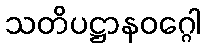
သတိပဋ္ဌာနဝဂ္ဂေါ